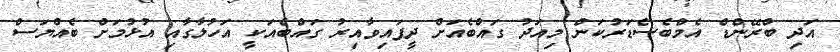
އަދި ބްރޭންޑް އެމްބެސެޑަރުކަން މިއަދު ގައްބެއަށް ދީފައިވާއިރު ގައްބެއަކީ އަހުލާގާއި އުޅުމަށް ބެއްޔަސް